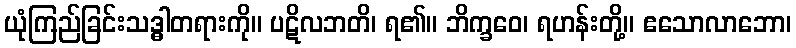
ယုံကြည်ခြင်းသဒ္ဓါတရားကို။ ပဋိလဘတိ၊ ရ၏။ ဘိက္ခဝေ၊ ရဟန်းတို့။ ဧသောလာဘော၊